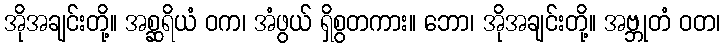
အိုအချင်းတို့။ အစ္ဆရိယံ ဝက၊ အံဖွယ် ရှိစွတကား။ ဘော၊ အိုအချင်းတို့။ အဗ္ဘုတံ ဝတ၊